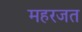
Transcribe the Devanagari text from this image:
महरजत